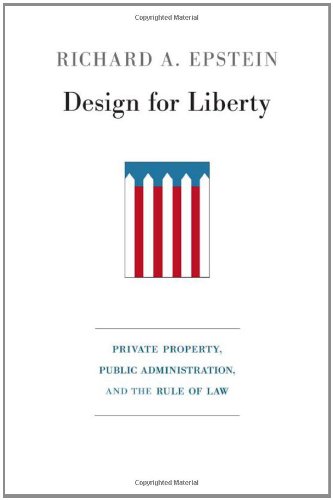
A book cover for Design for Liberty: Private Property, Public Administration, and the Rule of Law; Richard A. Epstein; Law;